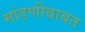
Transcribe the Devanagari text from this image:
मांडणीबाबत